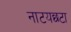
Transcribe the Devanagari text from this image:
नाटयछटा